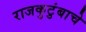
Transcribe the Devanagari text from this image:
राजकुटुंबाचे